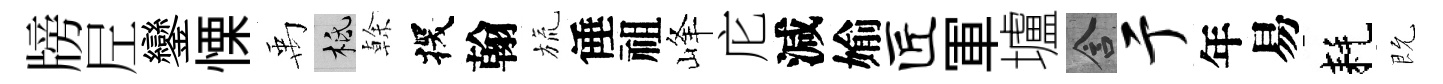
牓𡰱鑾慄禹柢𠏉探翰旒倕祖峰庀減媮匠軍壚含亍年易耗既